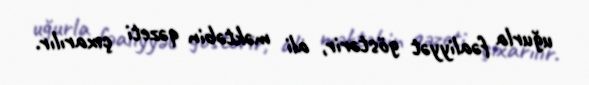
uğurla fəaliyyət göstərir, ali məktəbin qəzeti çıxarılır.